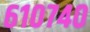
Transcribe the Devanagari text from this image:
६१०७४०